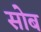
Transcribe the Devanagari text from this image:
सोब